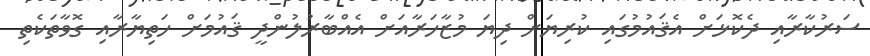
ސަރުކާރާއި ދެކޮޅަށް އެޤައުމުގައި ކުރިޔަށް ދިޔަ މުޒާހަރާއަށް އެއްބާރުލުންދީ ޤައުމަށް ހަތިޔާރާއި ގޮވާތަކެތި